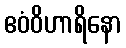
ဧဝံဝိဟာရိနော